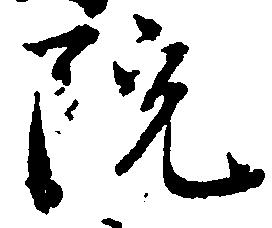
院